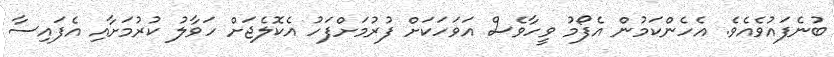
ބުނެފައުވެއެވެ. އެހެންކަމުން އެފޯމު ވީހާވެސް އަވަހަކަށް ފުރުމަށްފަހު އެކޮލެޖަށް ހަވާލު ކުރުމަށާއި އެފައިސާ